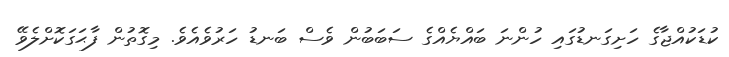
ކުޑަކުއްޖާގެ ހަށިގަނޑުގައި ހުންނަ ބައްޔެއްގެ ސަބަބުން ވެސް ބަނޑު ހަރުވެއެވެ. މިގޮތުން ފާޙަގަކޮށްލެވޭ